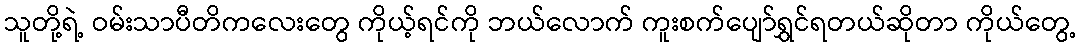
သူတို့ရဲ့ ဝမ်းသာပီတိကလေးတွေ ကိုယ့်ရင်ကို ဘယ်လောက် ကူးစက်ပျော်ရွှင်ရတယ်ဆိုတာ ကိုယ်တွေ့